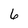
Character: 6